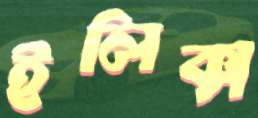
ইলিক্স